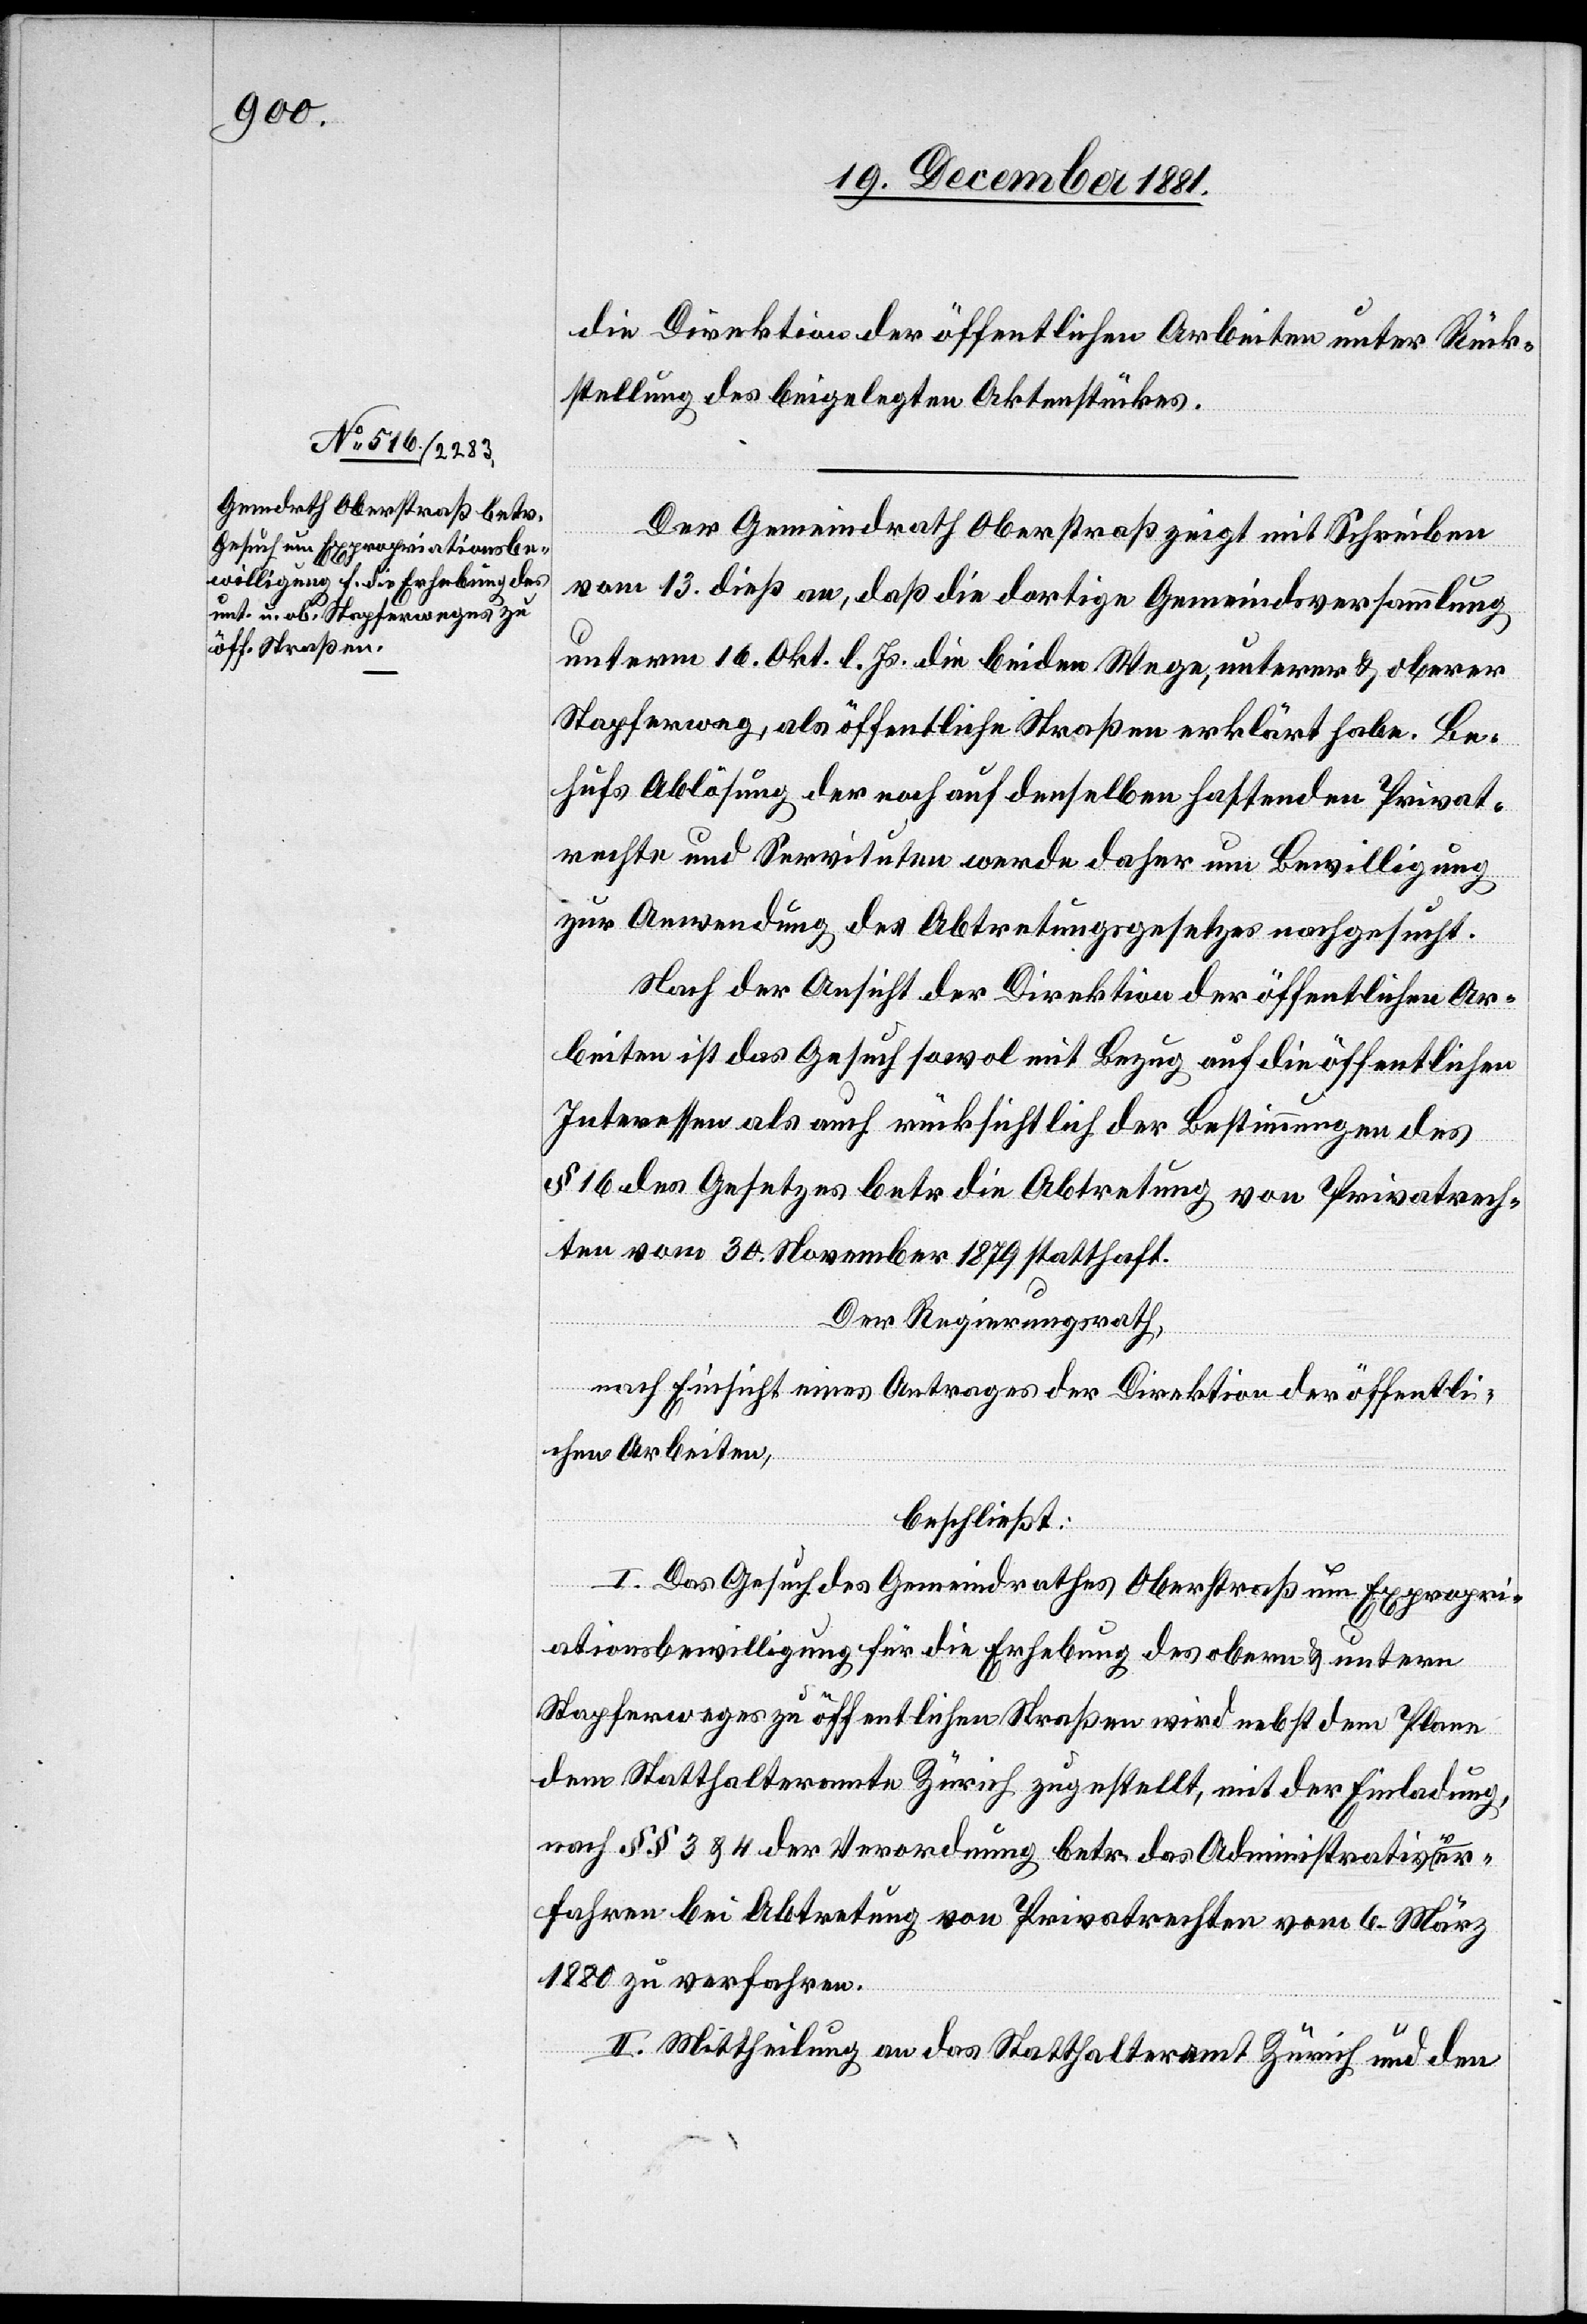
die Direktion der öffentlichen Arbeiten unter Rück¬
stellung des beigelegten Aktenstückes.
Der Gemeindrath Oberstraß zeigt mit Schreiben
vom 13. dieß an, daß die dortige Gemeindsversammlung
unterm 16. Okt. l. Js. die beiden Wege, unterer & oberer
Stapferweg, als öffentliche Straßen erklärt habe. Be¬
hufs Ablösung der noch auf denselben haftenden Privat¬
rechte und Servituten werde daher um Bewilligung
zur Anwendung des Abtretungsgesetzes nachgesucht.
Nach der Ansicht der Direktion der öffentlichen Ar¬
beiten ist das Gesuch sowol mit Bezug auf die öffentlichen
Interessen als auch rücksichtlich der Bestimmung des
§. 16 des Gesetzes betr. die Abtretung von Privatrech¬
ten vom 30. November 1879 statthaft.
Der Regierungsrath,
nach Einsicht eines Antrages der Direktion der öffentli¬
chen Arbeiten,
beschließt:
I. Das Gesuch des Gemeindrathes Oberstraße um Expropri¬
ationsbewilligung für die Erhebung des obern & untern
Stapferweges zu öffentlichen Straßen wird nebst dem Plane
dem Statthalteramte Zürich zugestellt, mit der Einladung,
nach §§. 3 & 4 der Verordnung betr. das Administrativver¬
fahren bei Abtretung von Privatrechten vom 6. März
1880 zu verfahren.
II. Mittheilung an das Statthalteramt Zürich und den